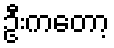
ဦးကတော့